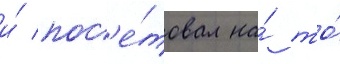
и́ пос'е́товал на́ то́